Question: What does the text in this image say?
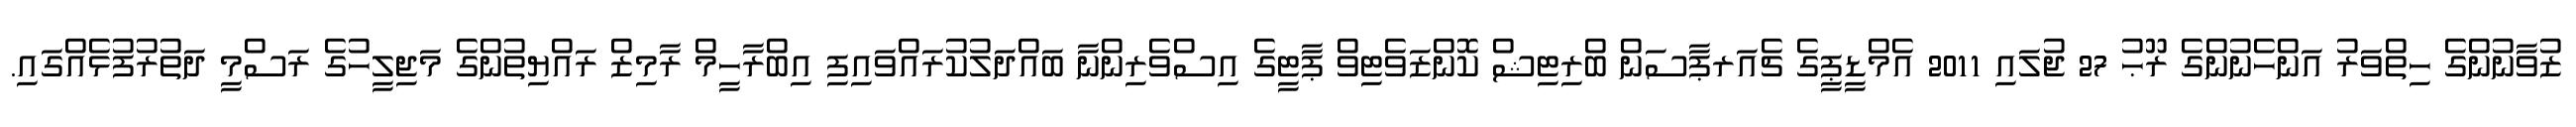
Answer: ޒުވާނުންގެ ހިތްވަރު އަންހެނުންގެ ރޫޙު 27 ޖުލައި 2011 އެމްޑީޕީގެ ޗެއަރޕާސަން ބްރިޓިޝް ކޮންޒަވެޓިވް ޕާޓީގެ އިސްވެރިންނާ ބައްދަލުކުރައްވައިފި އިބްރާހީމް ރާމިޒް ރައްޔިތުންގެ މަޖިލީހުގެ ރަސްމީ ދަތުރުފުޅެއްގައި.